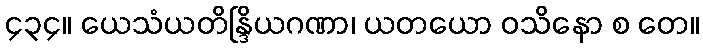
၄၃၄။ ယေသံယတိန္ဒြိယဂဏာ၊ ယတယော ဝသိနော စ တေ။